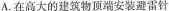
A.在高大的建筑物顶端安装避雷针